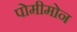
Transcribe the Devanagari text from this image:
पोमीमोन